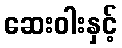
ဆေးဝါးနှင့်